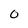
Character: 0